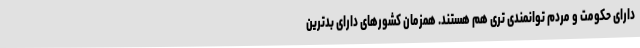
دارای حکومت و مردم توانمندی تری هم هستند. همزمان کشورهای دارای بدترین